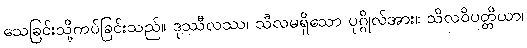
သေခြင်းသို့ကပ်ခြင်းသည်။ ဒုဿီလဿ၊ သီလမရှိသော ပုဂ္ဂိုလ်အား။ သိလဝိပတ္တိယာ၊